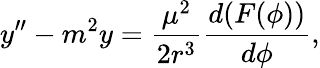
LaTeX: y^{\prime\prime}-m^{2}y={\frac{\mu^{2}}{2r^{3}}}{\frac{d(F(\phi))}{d\phi}},